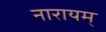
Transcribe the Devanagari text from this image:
नारायम्